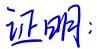
证明：